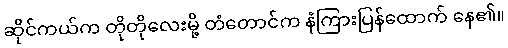
ဆိုင်ကယ်က တိုတိုလေးမို့ တံတောင်က နံကြားပြန်ထောက် နေ၏။